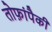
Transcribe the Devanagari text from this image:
तोफ़ांपैकी